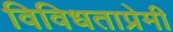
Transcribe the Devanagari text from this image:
विविधताप्रेमी